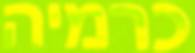
כרמיה